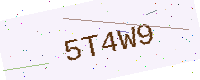
Text: 5T4W9